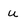
Character: u